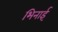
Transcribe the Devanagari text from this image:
भिनाई